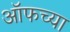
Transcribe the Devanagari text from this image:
ऑफच्या